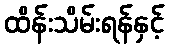
ထိန်းသိမ်းရန်နှင့်